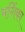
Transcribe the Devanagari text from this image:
मर्गिका